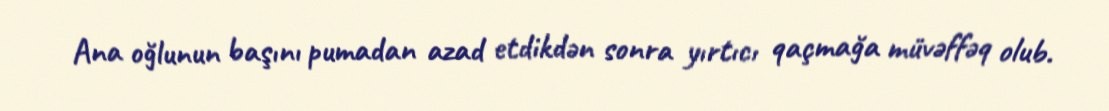
Ana oğlunun başını pumadan azad etdikdən sonra yırtıcı qaçmağa müvəffəq olub.